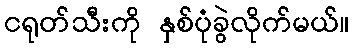
ငရုတ်သီးကို နှစ်ပုံခွဲလိုက်မယ်။